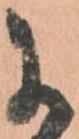
に